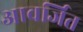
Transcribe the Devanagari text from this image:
आवर्जित